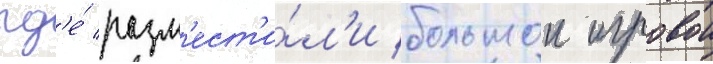
гд'е́ разм'ест'и́л'и большои игровои